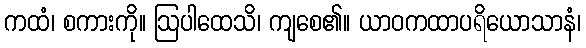
ကထံ၊ စကားကို။ ဩပါထေသိ၊ ကျစေ၏။ ယာဝကထာပရိယောသာနံ၊